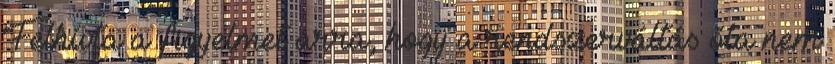
Felhívta a figyelmet arra, hogy a rendszerváltás óta nem